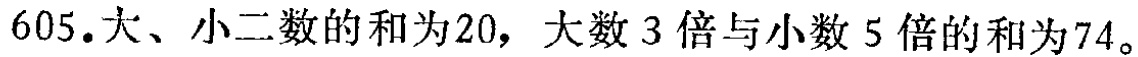
605.大、小二数的和为20，大数 3 倍与小数 5 倍的和为74。